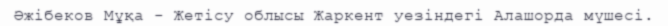
Әжібеков Мұқа - Жетісу облысы Жаркент уезіндегі Алашорда мүшесі.